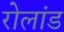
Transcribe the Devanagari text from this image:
रोलांड